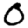
Digit: 0